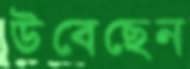
উবেছেন